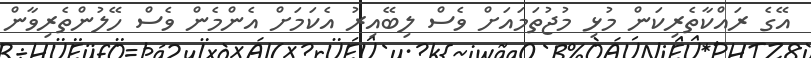
އޭގެ ރައްކާތެރިކަން މުޅި މުޖުތަމައަށް ވެސް ލިބޭއިރު އެކަމަށް އެންމެން ވެސް ހޭލުންތެރިވާން